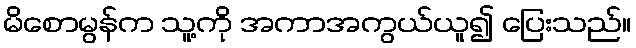
မိစောမွန်က သူ့ကို အကာအကွယ်ယူ၍ ပြေးသည်။